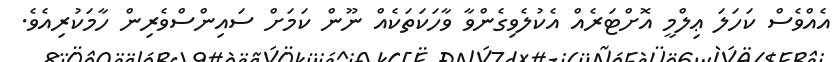
އެއްވެސް ކަހަލަ ޢިލްމީ އޮށްޓަރެއް އެކުލެވިގެންވާ ވާހަކަތަކެއް ނޫން ކަމަށް ސައިންސްވެރިން ހާމަކުރިއެވެ.